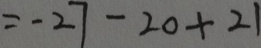
= - 2 7 - 2 0 + 2 1